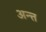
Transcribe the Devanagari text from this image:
अन्त्त